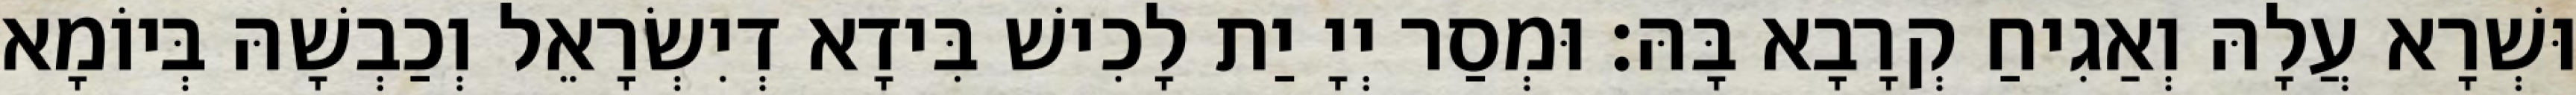
וּשְׁרָא עֲלָהּ וְאַגִיחַ קְרָבָא בָּהּ׃ וּמְסַר יְיָ יַת לָכִישׁ בִּידָא דְיִשְׂרָאֵל וְכַבְשָׁהּ בְּיוֹמָא